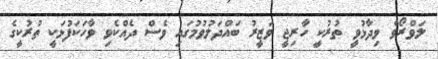
ލަވްރޯވް ވިދާޅުވީ ތުރުކީ ހާރިޖީ ވަޒީރު ބައްދަލުވުމުގައި ވެސް ދެއްކެވި ވާހަކަފުޅަކީ ތުރުކީގެ